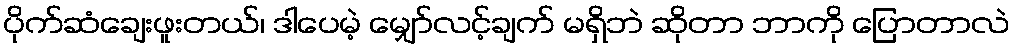
ပိုက်ဆံချေးဖူးတယ်၊ ဒါပေမဲ့ မျှော်လင့်ချက် မရှိဘဲ ဆိုတာ ဘာကို ပြောတာလဲ